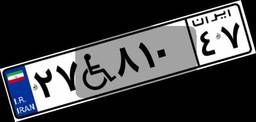
۴۶W۰۰۵۰۹